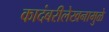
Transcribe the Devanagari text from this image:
कादंबरीलेखनामुळे